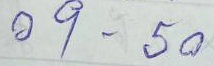
09 - 50